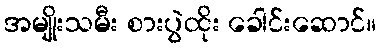
အမျိုးသမီး စားပွဲထိုး ခေါင်းဆောင်။